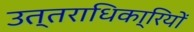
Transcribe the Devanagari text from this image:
उत्तराधिका्रियों